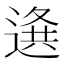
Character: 𨕊